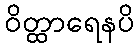
ဝိတ္ထာရေနပိ